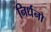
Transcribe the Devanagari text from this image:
निर्धनो